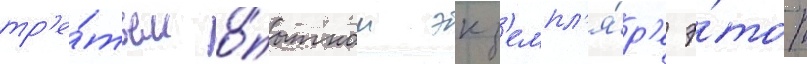
тр'е́тьем о́пытном экз'емпл'я́р'е э́тот